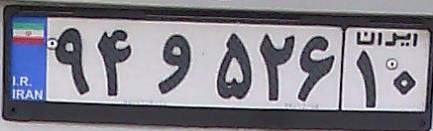
۹۴و۵۲۶۱۰